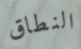
النطاق